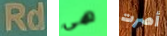
Rd هي أصرت